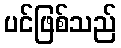
ပင်ဖြစ်သည်